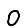
Digit: 0